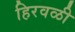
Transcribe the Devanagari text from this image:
हिरवळी